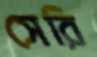
সেরি